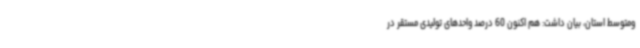
ومتوسط استان، بیان داشت: هم اکنون 60 درصد واحدهای تولیدی مستقر در